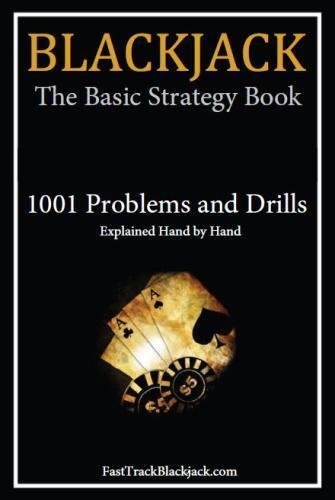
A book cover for Blackjack: The Basic Strategy Book - 1001 Problems and Drills; FastTrackBlackjack.com; Humor & Entertainment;